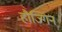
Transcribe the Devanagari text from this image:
हौज्गिन